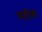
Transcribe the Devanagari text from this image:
मारिंबा